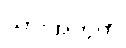
သားအတွက်